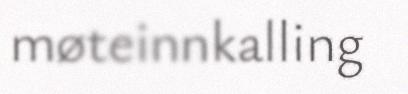
møteinnkalling